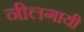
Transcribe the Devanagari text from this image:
नीलगायी